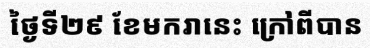
ថ្ងៃទី២៩ ខែមករានេះ ក្រៅពីបាន